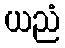
ယညံ